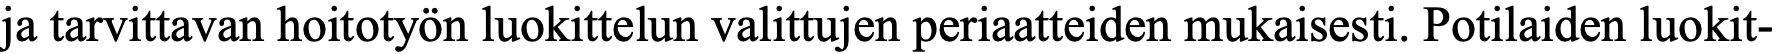
ja tarvittavan hoitotyön luokittelun valittujen periaatteiden mukaisesti. Potilaiden luokit-